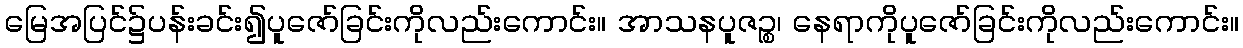
မြေအပြင်၌ပန်းခင်း၍ပူဇော်ခြင်းကိုလည်းကောင်း။ အာသနပူဇဉ္စ၊ နေရာကိုပူဇော်ခြင်းကိုလည်းကောင်း။